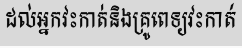
ដល់អ្នកវះកាត់និងគ្រូពេទ្យវះកាត់